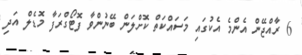
6 ރާއްޖޭން އެންމެ އެކުގައި މަސައްކަތް ކޮށްލަން ބޭނުންވާ ފޮޓޯގްރަފާ މޮޑެލް އަދި